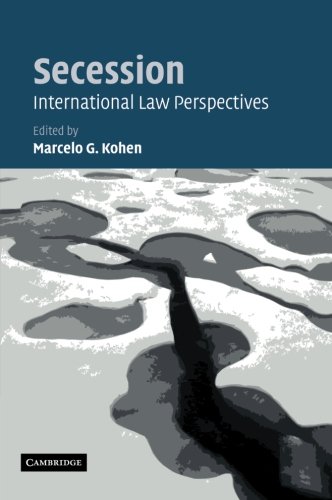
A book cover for Secession: International Law Perspectives; Law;